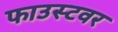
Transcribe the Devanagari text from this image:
फाउस्टवर